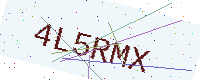
Text: 4L5RMX